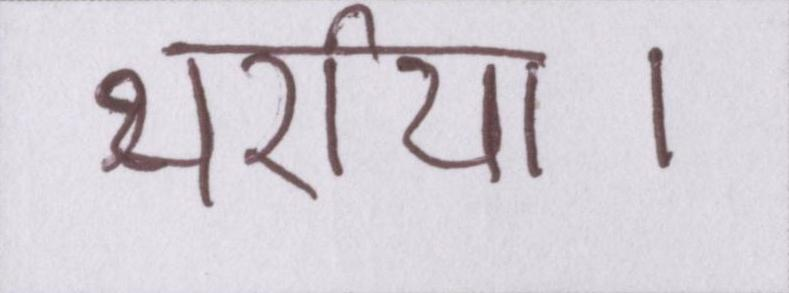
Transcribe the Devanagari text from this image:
थर्राया।